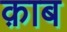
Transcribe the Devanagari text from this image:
क़ाब